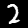
Digit: 2